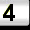
Digit: 3